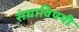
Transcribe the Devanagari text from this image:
संघाविषयी